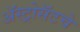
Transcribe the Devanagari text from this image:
ॲस्ट्रोसॅटचे